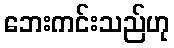
ဘေးကင်းသည်ဟု